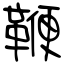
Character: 鞭